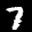
Label: 7